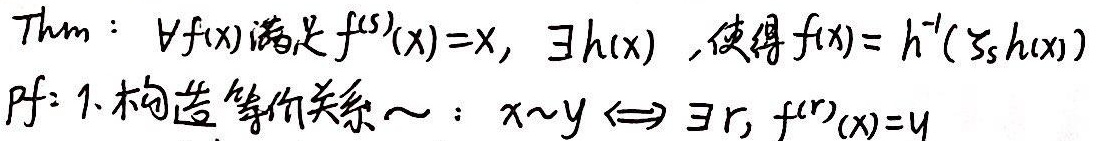
Thm：\(\forall f(x)\) 满足 \(f^{(5)}(x)=x\)，\(\exists h(x)\)，使得 \(f(x)=h^{-1}(\zeta_{5}h(x))\)
Pf：1. 构造等价关系 \(\sim\)：\(x\sim y\Leftrightarrow\exists r,f^{(r)}(x)=y\)